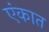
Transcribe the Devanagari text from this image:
एंकात